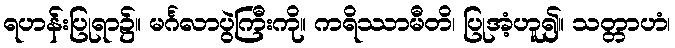
ရဟန်းပြုရာ၌။ မင်္ဂလာပွဲကြီးကို။ ကရိဿာမီတိ၊ ပြုအံ့ဟူ၍။ သတ္တာဟံ၊